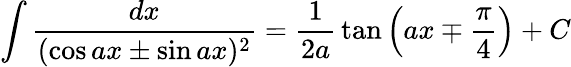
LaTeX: \int{\frac{dx}{(\cos ax\pm\sin ax)^{2}}}={\frac{1}{2a}}\tan\left(ax\mp{\frac{\pi}{4}}\right)+C